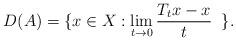
LaTeX: \begin{align*} D(A)= \{x\in X: \lim_{t\rightarrow 0} \frac{T_tx-x}{t} \;\;\}.\end{align*}